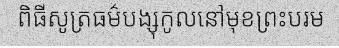
ពិធីសូត្រធម៌បង្សុកូលនៅមុខព្រះបរម